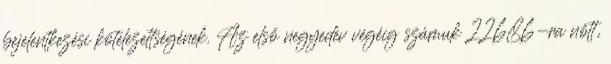
bejelentkezési kötelezettségének. Az első negyedév végéig számuk 22686-ra nőtt,